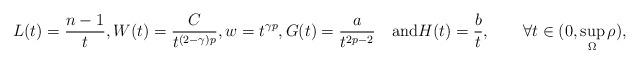
LaTeX: \begin{align*} L(t)=\frac{n-1}{t},W(t)=\frac{C}{t^{(2-\gamma)p}}, w=t^{\gamma p},G(t)=\frac{a}{t^{2p-2}}\quad\mbox{and}H(t)=\frac{b}{t},\qquad\forall t\in(0,\sup_\Omega\rho), \end{align*}